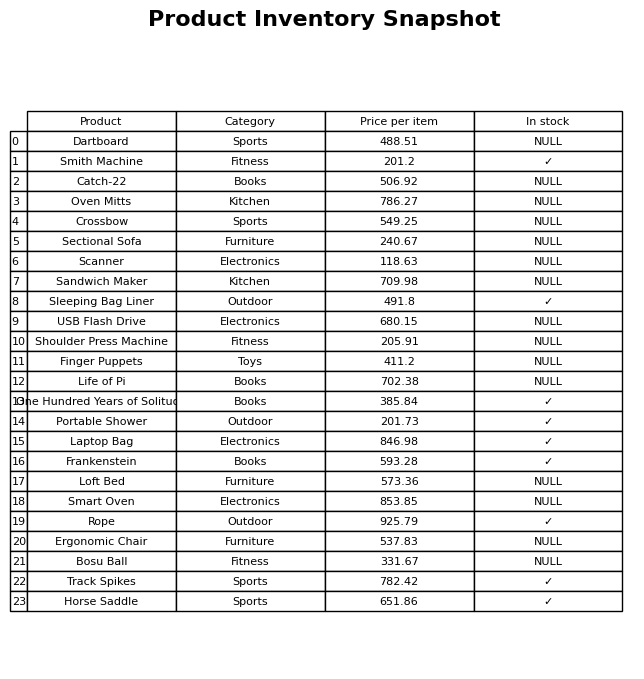
question: What is the price of the Crossbow?
answer: The price of Crossbow is 549.25.